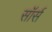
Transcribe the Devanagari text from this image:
सॉर्स